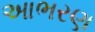
આભરણ